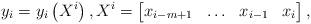
LaTeX: \begin{align*} y_i = y_i \left( X^i \right) , X^i = \begin{bmatrix} x_{i-m+1} & \ldots & x_{i-1} & x_i \end{bmatrix} ,\end{align*}